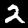
Label: 2